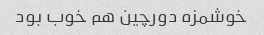
خوشمزه دورچین هم خوب بود